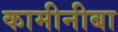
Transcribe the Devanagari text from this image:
कामीनीबा